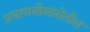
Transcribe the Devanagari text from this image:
प्रमाणमीमांसेतील